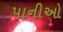
પાનીઓ